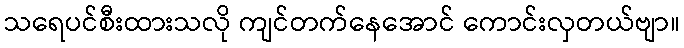
သရေပင်စီးထားသလို ကျင်တက်နေအောင် ကောင်းလှတယ်ဗျာ။